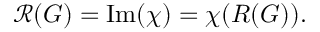
{ \mathcal { R } } ( G ) = { \mathrm { I m } } ( \chi ) = \chi ( R ( G ) ) .